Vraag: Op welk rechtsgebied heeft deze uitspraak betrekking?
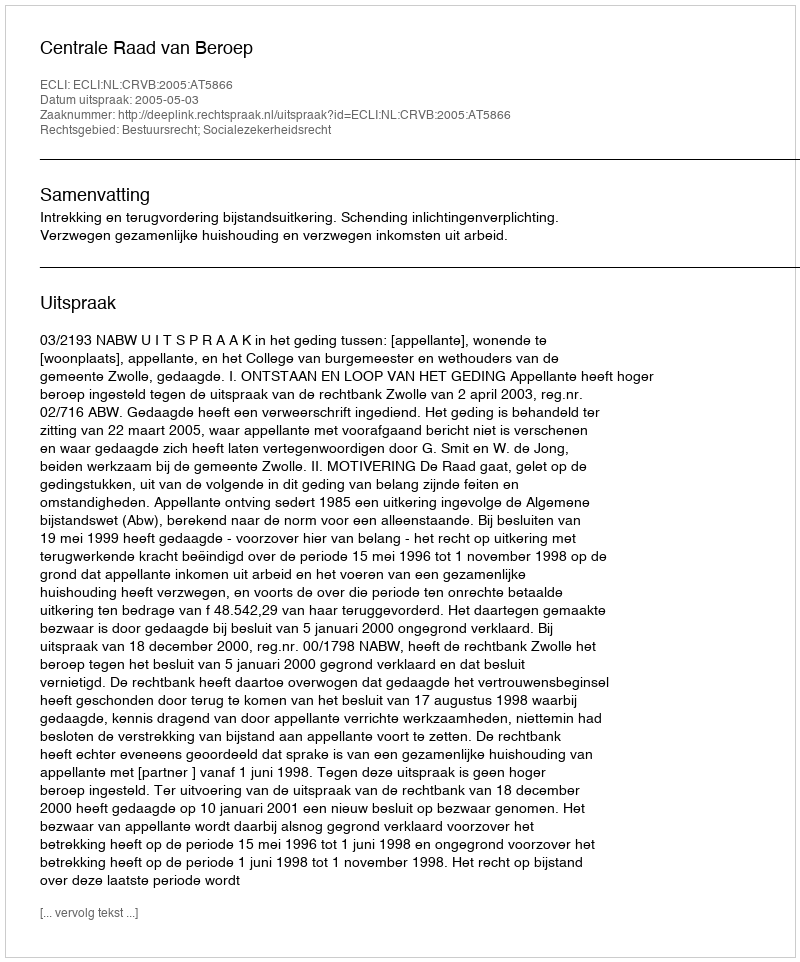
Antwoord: Bestuursrecht; Socialezekerheidsrecht